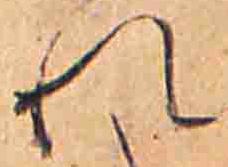
れ